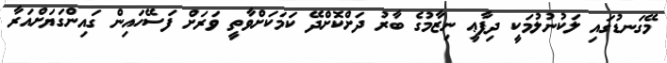
މޭގަނޑުގައި ލަކުނުލުމަކީ ދިފާޢީ ނިޒާމުގެ ބާރު ދަށްކޮށްދޭ ކަމަކަށްވާތީ ވަރަށް ފަސޭހައިން ގައިންގަޔަށްއަރާ